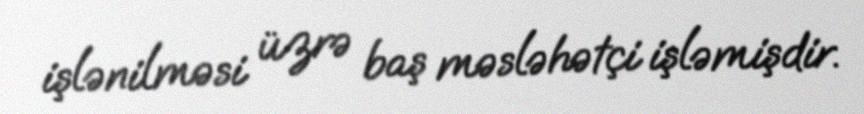
işlənilməsi üzrə baş məsləhətçi işləmişdir.